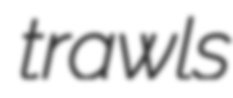
trawls